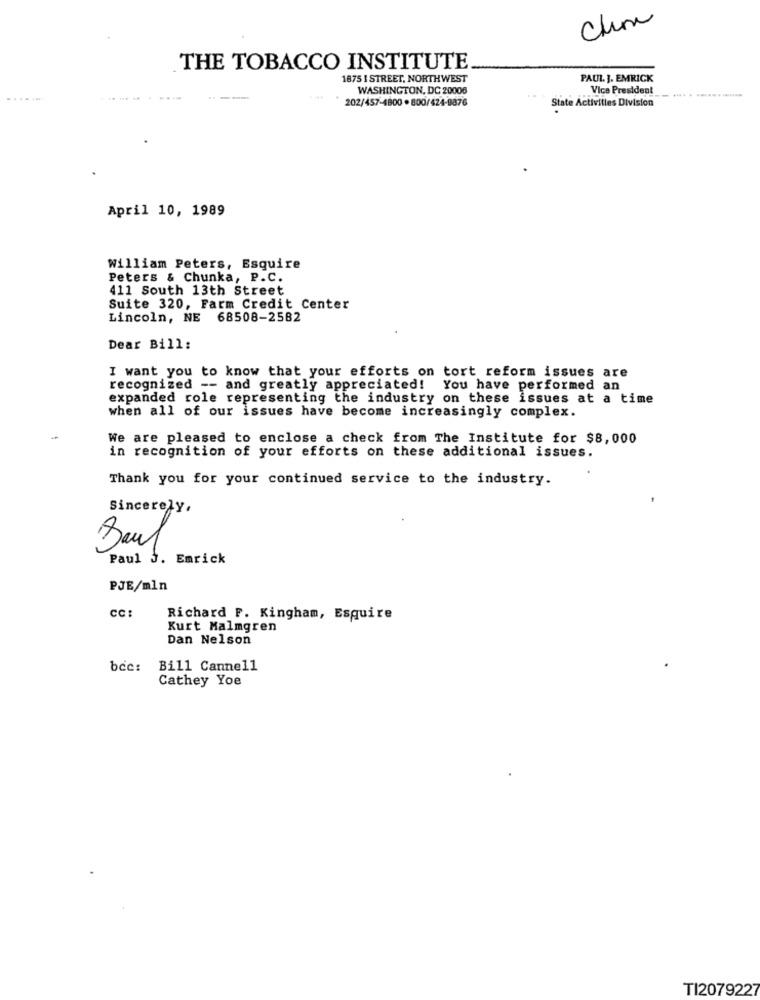
THE TOBACCO INSTITUTE
1875 I STREET, NORTHWEST
PAUL J. EMRICK
WASHINGTON, DC 20008
Vice President
.......
202/457-4800 . 800/424-9876
-.... . .......
State Activities Division
April 10, 1989
William Peters, Esquire
Peters & Chunka, P.C.
411 South 13th Street
Suite 320, Farm Credit Center
Lincoln, NE 68508-2582
Dear Bill:
I want you to know that your efforts on tort reform issues are
recognized -- and greatly appreciated! You have performed an
expanded role representing the industry on these issues at a time
when all of our issues have become increasingly complex.
We are pleased to enclose a check from The Institute for $8,000
in recognition of your efforts on these additional issues.
Thank you for your continued service to the industry.
Sincerely.
Paul
Paul J. Emrick
PJE/mln
CC
Richard P. Kingham, Esquire
Kurt Malmgren
Dan Nelson
bcc:
Bill Cannell
Cathey Yoe
TI2079227